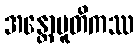
အန္တောပူတိကဿ